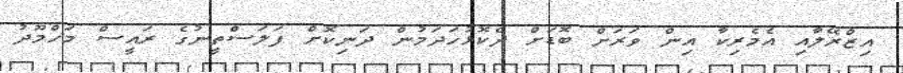
އިޒްރޭލާއި އެމެރިކާ އިން ވަރަށް ބޮޑަށް ދެކޮޅުހަދަމުން ދަނިކޮށް ފަލަސްތީނުގެ ރައީސް މަހްމޫދު